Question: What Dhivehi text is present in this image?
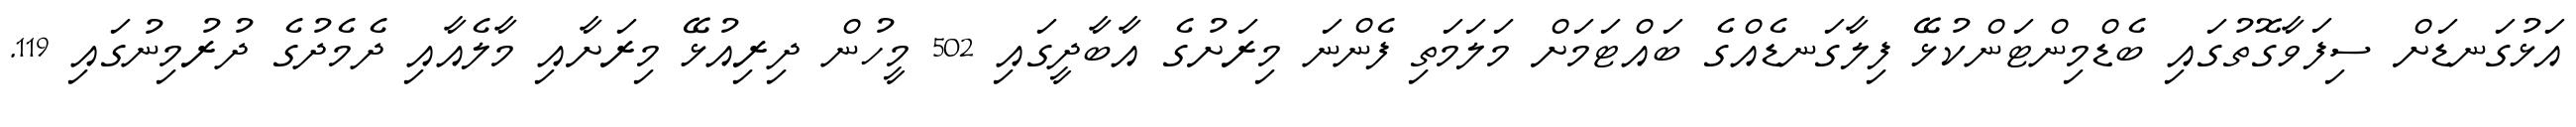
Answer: އަޅުގަނޑަށް ސިފަވާގޮތުގައި ބެޑްމިންޓަންކުޅޭ ފިލާގަނޑެއްގެ ބައްޓަމަށް މަލަމަތި ފެންނަ މިރަށުގެ އާބާދީގައި 502 މީހުން ދިރިއުޅޭ މިރަށާއި މާލެއާއި ދެމެދުގެ ދުރުމިނުގައި 119.